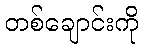
တစ်ချောင်းကို